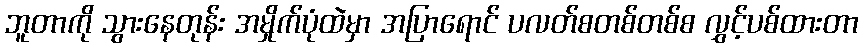
ဘူတာကို သွားနေတုန်း အမှိုက်ပုံထဲမှာ အပြာရောင် ပလတ်စတစ်တစ်စ လွှင့်ပစ်ထားတာ